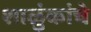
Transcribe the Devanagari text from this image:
शाळुंकांचे